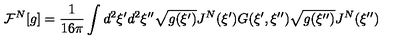
{ \mathcal { F } ^ { N } } [ g ] = { \frac { 1 } { 1 6 \pi } } \int { d ^ { 2 } } \xi ^ { \prime } { d ^ { 2 } } \xi ^ { \prime \prime } \sqrt { g ( \xi ^ { \prime } ) } { J ^ { N } } ( \xi ^ { \prime } ) G ( \xi ^ { \prime } , \xi ^ { \prime \prime } ) \sqrt { g ( \xi ^ { \prime \prime } ) } { J ^ { N } } ( \xi ^ { \prime \prime } )